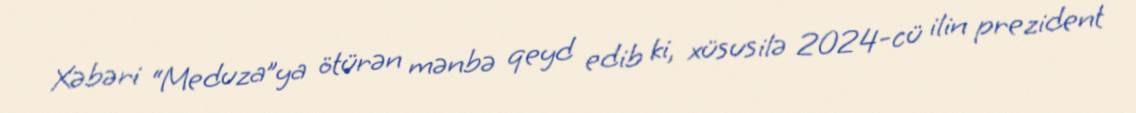
Xəbəri “Meduza”ya ötürən mənbə qeyd edib ki, xüsusilə 2024-cü ilin prezident